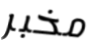
مخبر